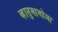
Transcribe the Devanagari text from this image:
व्हातुमामोआ